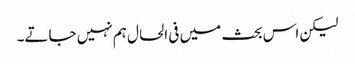
لیکن اس بحث میں فی الحال ہم نہیں جاتے۔